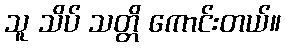
သူ သိပ် သတ္တိ ကောင်းတယ်။